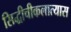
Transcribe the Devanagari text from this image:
सिद्धीचीकलात्यास